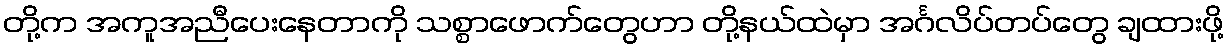
တို့က အကူအညီပေးနေတာကို သစ္စာဖောက်တွေဟာ တို့နယ်ထဲမှာ အင်္ဂလိပ်တပ်တွေ ချထားဖို့